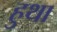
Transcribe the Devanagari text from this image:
हुथा